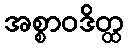
အစ္စာဝဒိတ္ထ